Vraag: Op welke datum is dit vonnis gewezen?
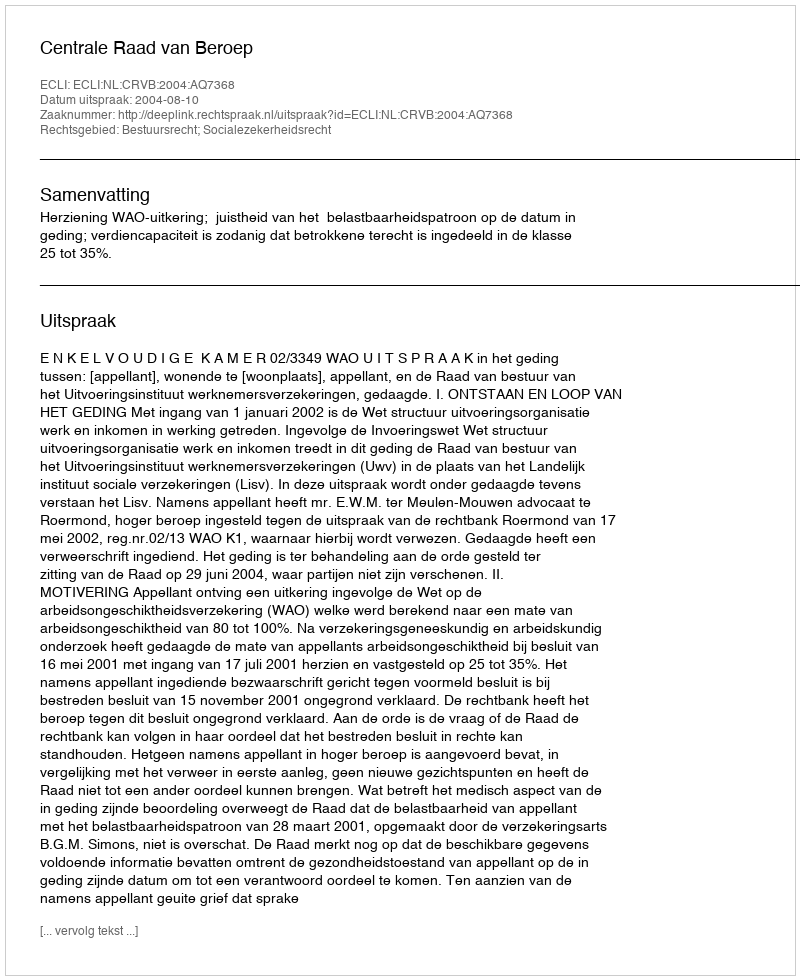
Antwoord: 2004-08-10